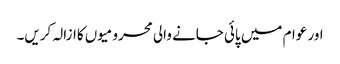
اور عوام میں پائی جانے والی محرومیوں کاازالہ کریں۔